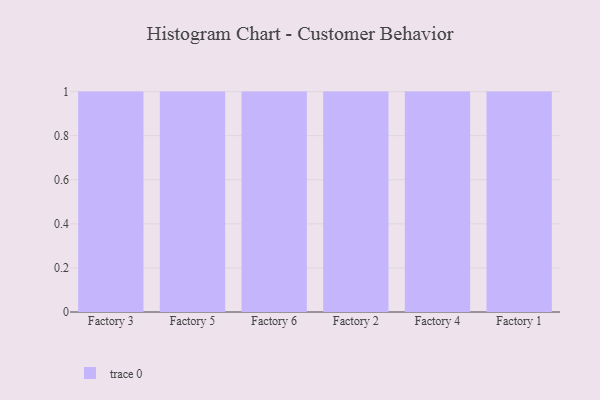
{"axis": {"x": "Factory", "y": "Temperature (°C)"}, "legend": [""], "data": [{"x": "Factory 3", "y": 4, "type": ""}, {"x": "Factory 5", "y": 1, "type": ""}, {"x": "Factory 6", "y": 36, "type": ""}, {"x": "Factory 2", "y": 38, "type": ""}, {"x": "Factory 4", "y": 68, "type": ""}, {"x": "Factory 1", "y": 93, "type": ""}]}